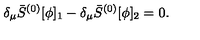
\delta _ { \mu } \bar { S } ^ { ( 0 ) } [ \phi ] _ { 1 } - \delta _ { \mu } \bar { S } ^ { ( 0 ) } [ \phi ] _ { 2 } = 0 .